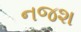
નજશ